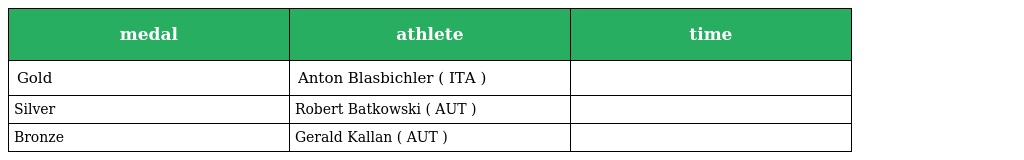
| medal | athlete | time |
 | --- | --- | --- |
 | Gold | Anton Blasbichler ( ITA ) |  |
 | Silver | Robert Batkowski ( AUT ) |  |
 | Bronze | Gerald Kallan ( AUT ) |  |